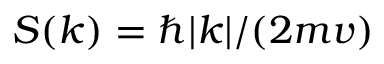
S ( k ) = \hbar | k | / ( 2 m v )